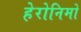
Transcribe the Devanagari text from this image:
हेरोनिमो